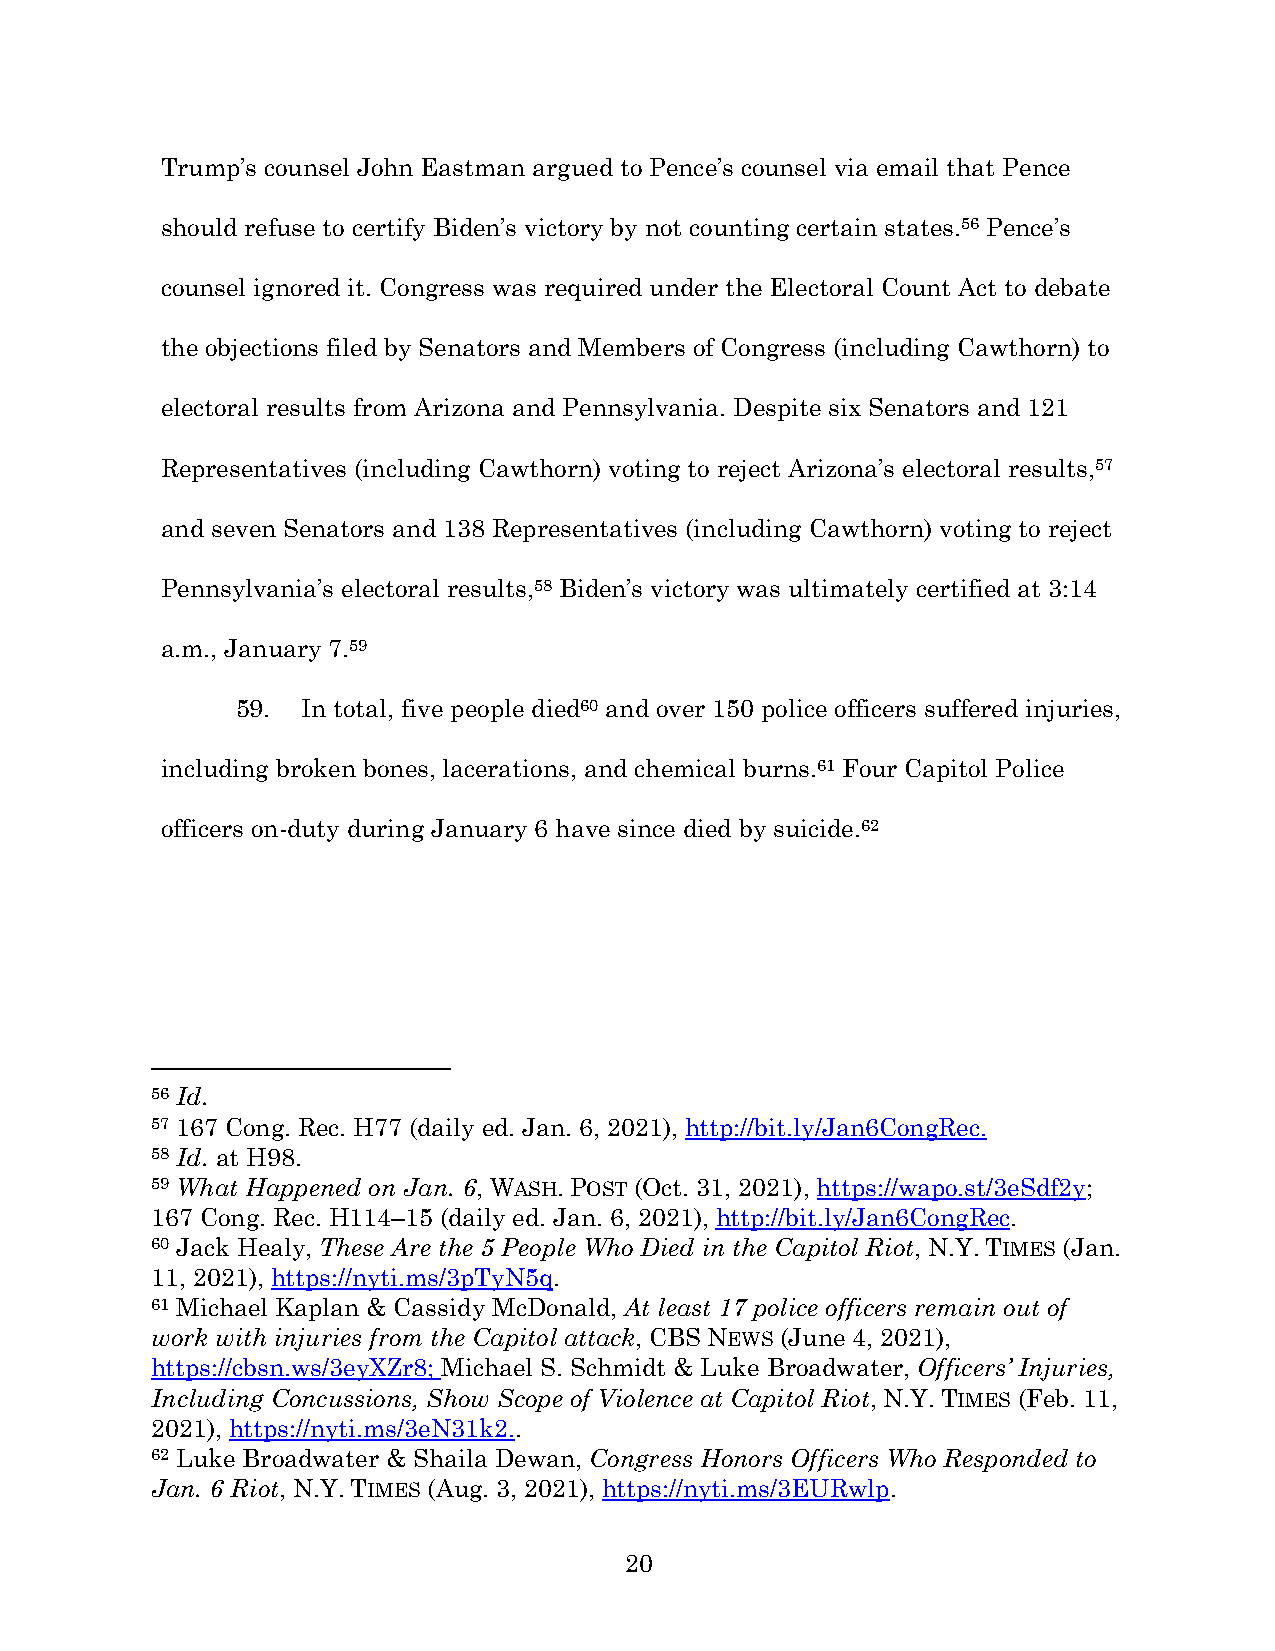
Trump’s counsel John Eastman argued to Pence’s counsel via email that Pence
 should refuse to certify Biden’s victory by not counting certain states.56 Pence’s
 counsel ignored it. Congress was required under the Electoral Count Act to debate
 the objections filed by Senators and Members of Congress (including Cawthorn) to
 electoral results from Arizona and Pennsylvania. Despite six Senators and 121
 Representatives (including Cawthorn) voting to reject Arizona’s electoral results,57
 and seven Senators and 138 Representatives (including Cawthorn) voting to reject
 Pennsylvania’s electoral results,58 Biden’s victory was ultimately certified at 3:14
 a.m., January 7.59
 59. In total, five people died60 and over 150 police officers suffered injuries,
 including broken bones, lacerations, and chemical burns.61 Four Capitol Police
 officers on-duty during January 6 have since died by suicide.62
 56 Id.
 57 167 Cong. Rec. H77 (daily ed. Jan. 6, 2021), http://bit.ly/Jan6CongRec.
 58 Id. at H98.
 59 What Happened on Jan. 6, WASH. POST (Oct. 31, 2021), https://wapo.st/3eSdf2y;
 167 Cong. Rec. H114–15 (daily ed. Jan. 6, 2021), http://bit.ly/Jan6CongRec.
 60 Jack Healy, These Are the 5 People Who Died in the Capitol Riot, N.Y. TIMES (Jan.
 11, 2021), https://nyti.ms/3pTyN5q.
 61 Michael Kaplan & Cassidy McDonald, At least 17 police officers remain out of
 work with injuries from the Capitol attack, CBS NEWS (June 4, 2021),
 https://cbsn.ws/3eyXZr8; Michael S. Schmidt & Luke Broadwater, Officers’ Injuries,
 Including Concussions, Show Scope of Violence at Capitol Riot, N.Y. TIMES (Feb. 11,
 2021), https://nyti.ms/3eN31k2..
 62 Luke Broadwater & Shaila Dewan, Congress Honors Officers Who Responded to
 Jan. 6 Riot, N.Y. TIMES (Aug. 3, 2021), https://nyti.ms/3EURwlp.
 20